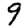
Digit: 9